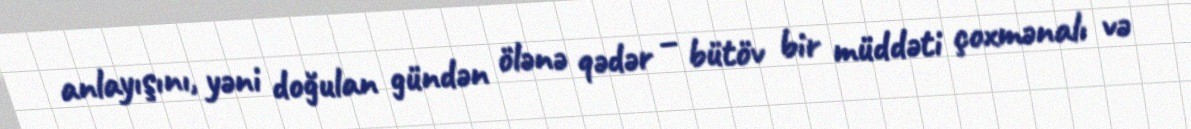
anlayışını, yəni doğulan gündən ölənə qədər – bütöv bir müddəti çoxmənalı və